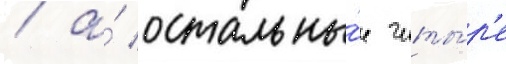
/ а́ остальны́е четы́р'е